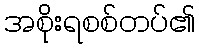
အစိုးရစစ်တပ်၏